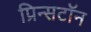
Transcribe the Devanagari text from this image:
प्रिन्सटॉन